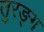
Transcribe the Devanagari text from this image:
तुरङ्ग